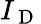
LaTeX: I_{\mathrm{~D~}}